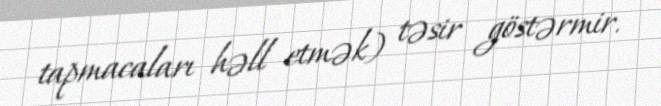
tapmacaları həll etmək) təsir göstərmir.